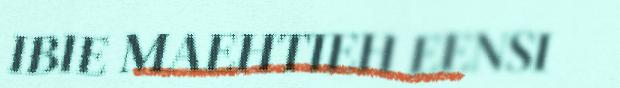
IBIE MAEHTIEH EENSI